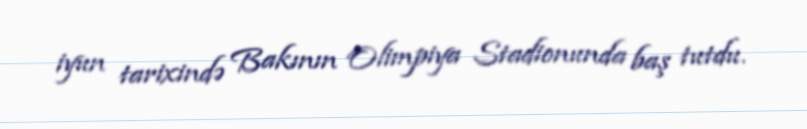
iyun tarixində Bakının Olimpiya Stadionunda baş tutdu.